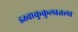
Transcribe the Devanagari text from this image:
इक्ष्वाकुकुलातला